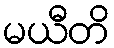
မယီတိ